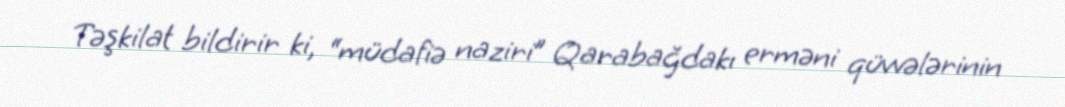
Təşkilat bildirir ki, “müdafiə naziri” Qarabağdakı erməni qüvvələrinin